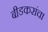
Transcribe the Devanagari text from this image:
बीडकरांचा